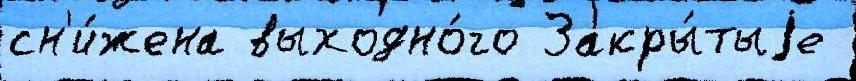
сн'и́жена выходно́го Закры́тыjе